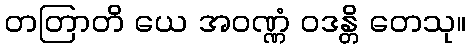
တတြာတိ ယေ အဝဏ္ဏံ ဝဒန္တိ တေသု။